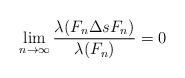
LaTeX: \begin{align*}\lim_{n \rightarrow \infty} \frac{\lambda(F_n \Delta sF_n)}{\lambda(F_n)} = 0\end{align*}